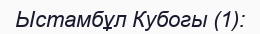
Ыстамбұл Кубогы (1):